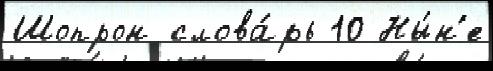
Шопрон слова́рь 10 Ны́н'е